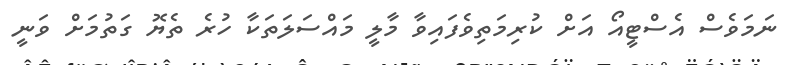
ނަމަވެސް އެސްޓީއޯ އަށް ކުރިމަތިވެފައިވާ މާލީ މައްސަލަތަކާ ހުރެ ތެޔޮ ގަތުމަށް ވަނީ